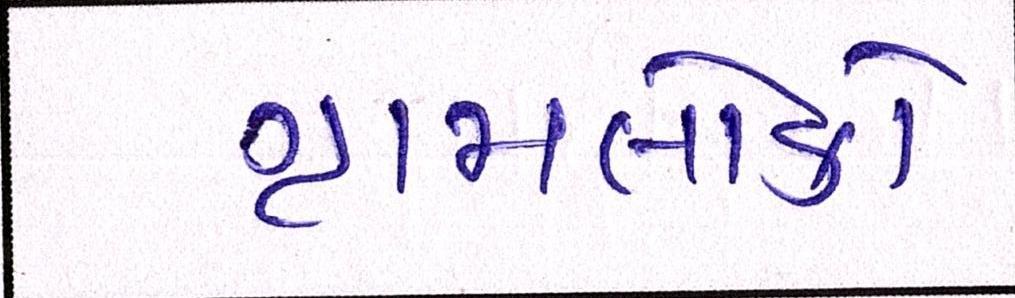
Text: ગ્રામલોકો